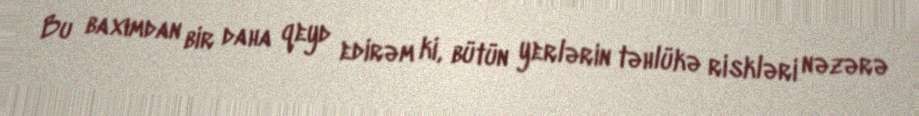
Bu baxımdan bir daha qeyd edirəm ki, bütün yerlərin təhlükə riskləri nəzərə